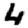
Digit: 4